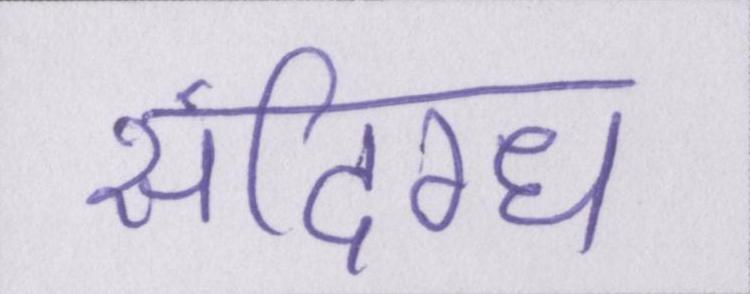
संदिग्ध